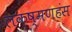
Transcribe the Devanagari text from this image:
लक्ष्मणहंस